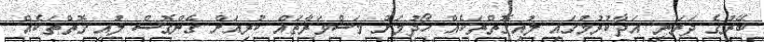
ބޭރުގެ ދަރަނި އަދާކުރުމުގައި ލުއިގޮތްތަކެއް ހޯދުމަށް މަޝްވަރާތައް ކުރިއަށް ގެންގޮސް ލުއި ގޮތްތަކެއް